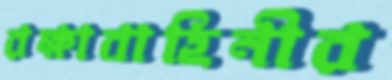
রক্ষাবাহিনীর